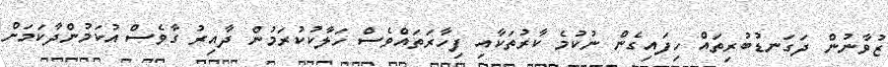
ޒުވާނުން ދަގަނޑުބުރިތައް ހިފައިގެން ނުކުމެ ކާރުތަކާއި ފިހާރަތައްވެސް ހަލާކުކުރަމުން ދާއިރު ގާވެސް އުކަމުންދާކަމަށް